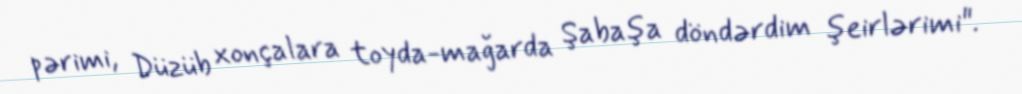
pərimi, Düzüb xonçalara toyda-mağarda Şabaşa döndərdim şeirlərimi".